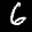
Label: 6